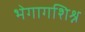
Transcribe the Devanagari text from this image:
भेगागशिश्न